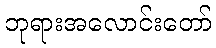
ဘုရားအလောင်းတော်